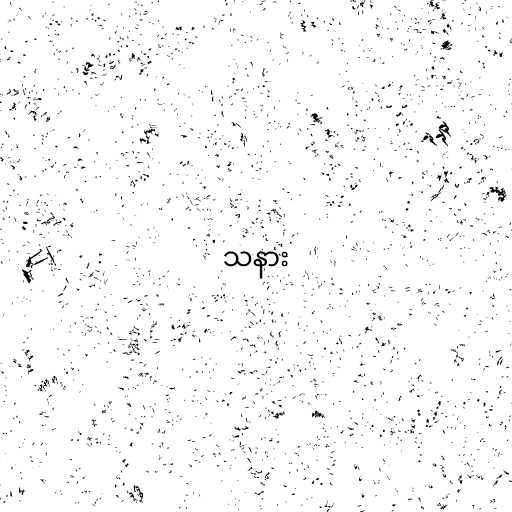
သနား